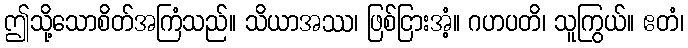
ဤသို့သောစိတ်အကြံသည်။ သိယာအဿ၊ ဖြစ်ငြားအံ့။ ဂဟပတိ၊ သူကြွယ်။ ဧတံ၊